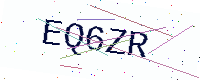
Text: EQ6ZR